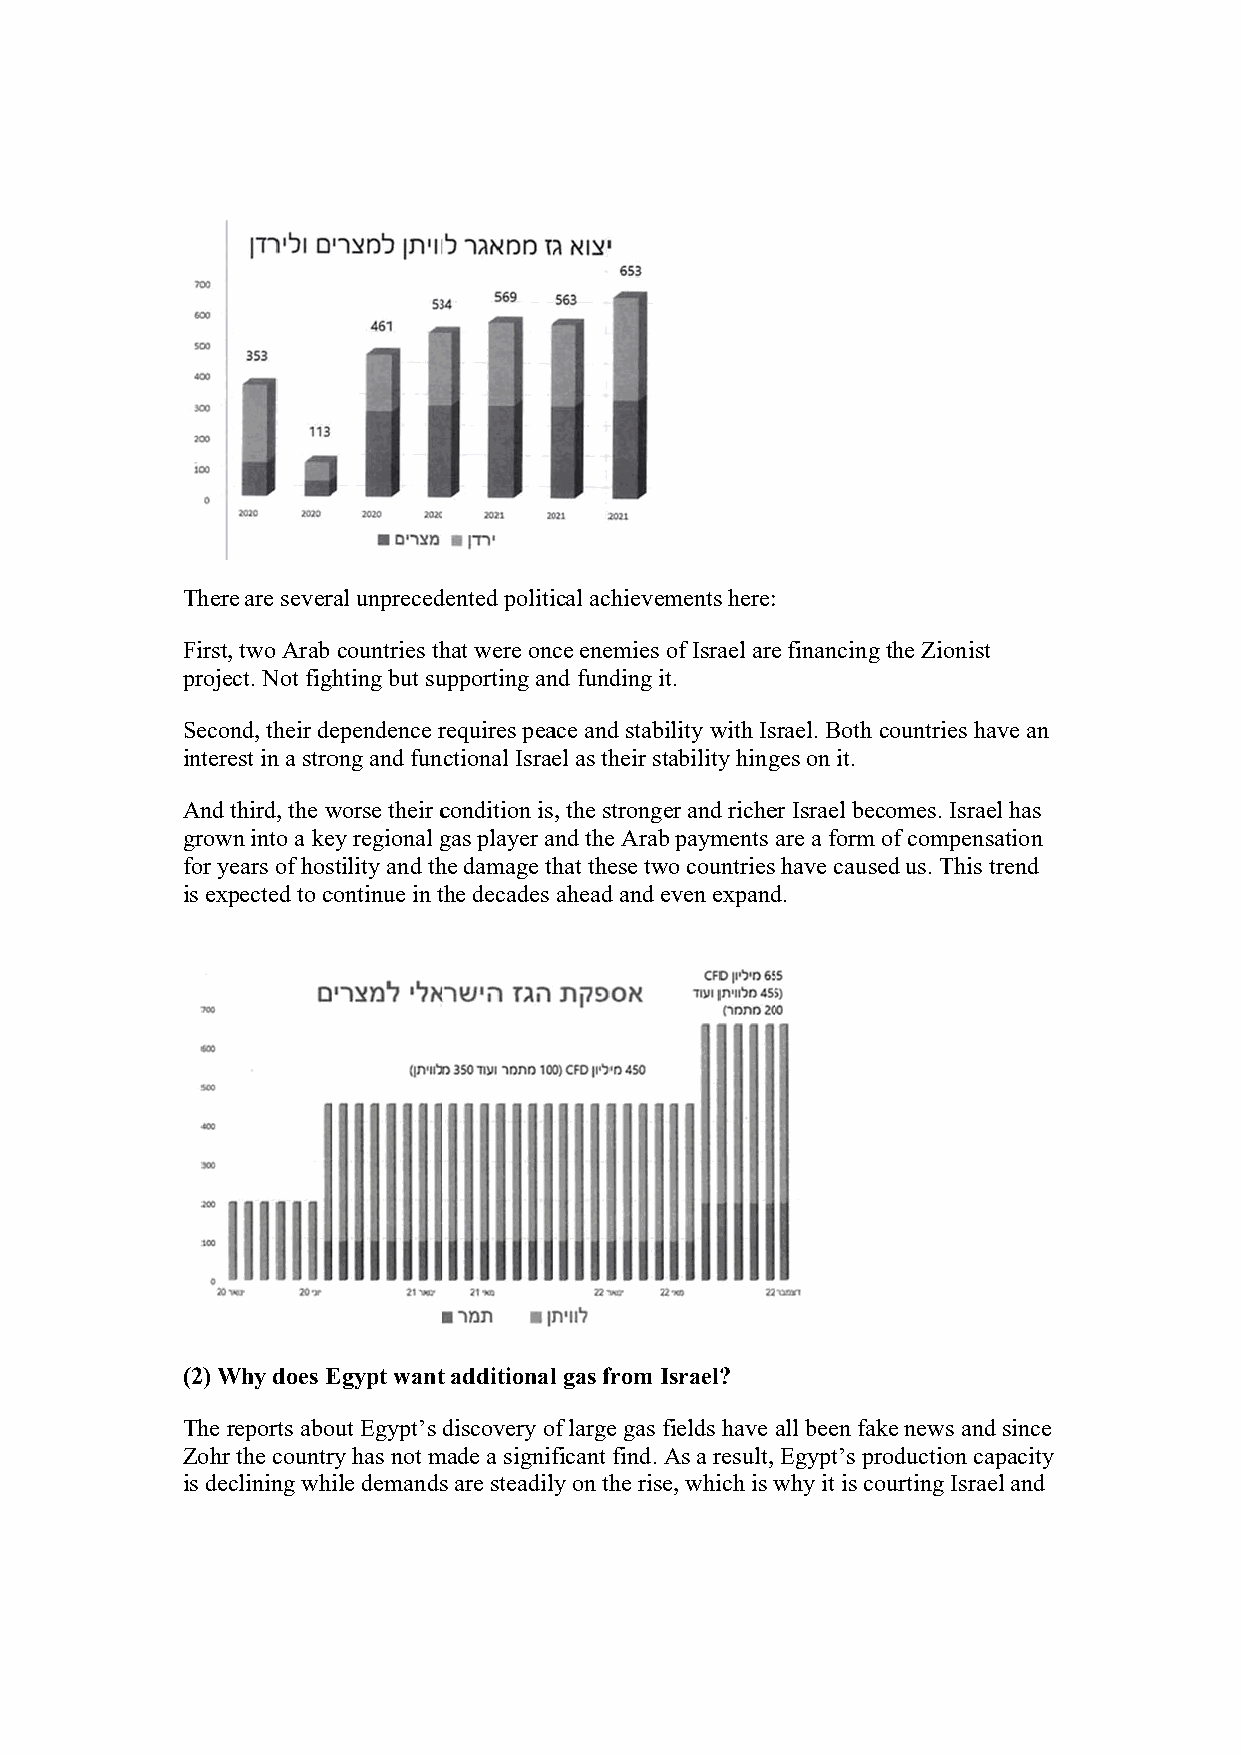
Therre are severral unpreceddented politiical achievemments here:
 Firstt, two Arab countries thhat were oncce enemies of Israel aree financing the Zionist
 project. Not fighhting but suupporting annd funding iit.
 Secoond, their deependence rrequires peaace and stability with Issrael. Both ccountries haave an
 interrest in a stroong and functional Israeel as their sttability hingges on it.
 Andd third, the wworse their ccondition is, the strongeer and richeer Israel becomes. Israel has
 growwn into a keey regional ggas player aand the Arabb payments are a form oof compensaation
 for yyears of hosstility and thhe damage thhat these twwo countries have causeed us. This trrend
 is exxpected to ccontinue in tthe decades ahead and eeven expandd.
 (2) WWhy does EEgypt wantt additionall gas from IIsrael?
 The reports aboout Egypt’s ddiscovery oof large gas ffields have all been fakke news and since
 Zohhr the countrry has not mmade a signifficant find. AAs a result, Egypt’s prooduction cappacity
 is deeclining whiile demandss are steadily on the risee, which is wwhy it is courting Israeel and